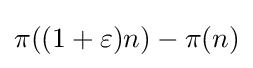
\pi ((1+\varepsilon )n)-\pi (n)